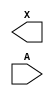
/**
 * Copyright 2020 The SkyWater PDK Authors
 *
 * Licensed under the Apache License, Version 2.0 (the "License");
 * you may not use this file except in compliance with the License.
 * You may obtain a copy of the License at
 *
 *     https://www.apache.org/licenses/LICENSE-2.0
 *
 * Unless required by applicable law or agreed to in writing, software
 * distributed under the License is distributed on an "AS IS" BASIS,
 * WITHOUT WARRANTIES OR CONDITIONS OF ANY KIND, either express or implied.
 * See the License for the specific language governing permissions and
 * limitations under the License.
 *
 * SPDX-License-Identifier: Apache-2.0
 */

`ifndef SKY130_FD_SC_HD__LPFLOW_LSBUF_LH_ISOWELL_BLACKBOX_V
`define SKY130_FD_SC_HD__LPFLOW_LSBUF_LH_ISOWELL_BLACKBOX_V

/**
 * lpflow_lsbuf_lh_isowell: Level-shift buffer, low-to-high, isolated
 *                          well on input buffer, no taps,
 *                          double-row-height cell.
 *
 * Verilog stub definition (black box without power pins).
 *
 * WARNING: This file is autogenerated, do not modify directly!
 */

`timescale 1ns / 1ps
`default_nettype none

(* blackbox *)
module sky130_fd_sc_hd__lpflow_lsbuf_lh_isowell (
    X,
    A
);

    output X;
    input  A;

    // Voltage supply signals
    wire    LOWLVPWR;
    supply1 VPWR    ;
    supply0 VGND    ;
    supply1 VPB     ;
    supply0 VNB     ;

endmodule

`default_nettype wire
`endif  // SKY130_FD_SC_HD__LPFLOW_LSBUF_LH_ISOWELL_BLACKBOX_V